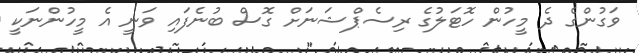
ވަގުންގެ ދެ މީހުން ހޮޓަލުގެ ރިސެޕްޝަނަށް ގޮސް ބުނެފައި ވަނީ އެ މީހުންނަކީ